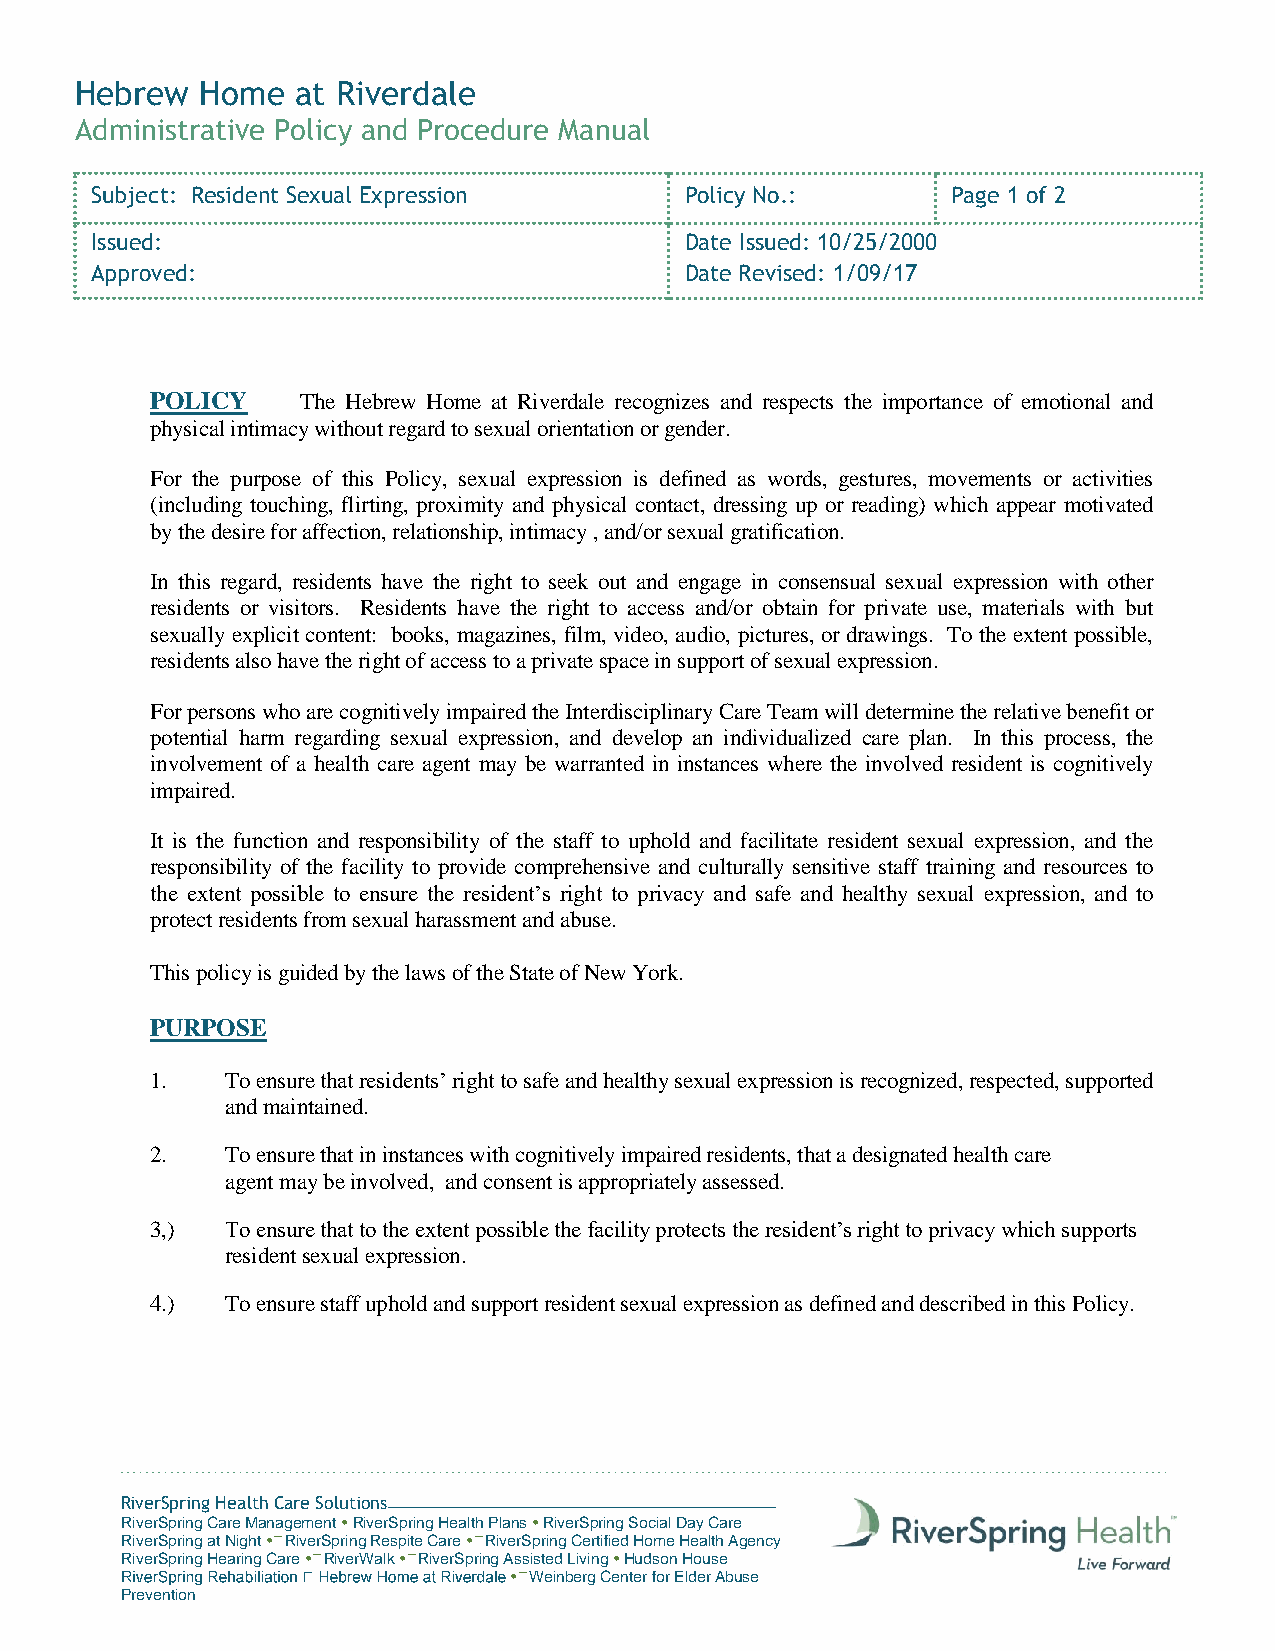
Hebrew  Home   at Riverdale
 Administrative Policy and Procedure Manual
 Subject: Resident Sexual Expression    Policy No.:       Page 1 of 2
 Issued:                                Date Issued: 10/25/2000
 Approved:                              Date Revised: 1/09/17
 POLICY    The Hebrew Home at Riverdale recognizes and respects the importance of emotional and
 physical intimacy without regard to sexual orientation or gender.
 For the purpose of this Policy, sexual expression is defined as words, gestures, movements or activities
 (including touching, flirting, proximity and physical contact, dressing up or reading) which appear motivated
 by the desire for affection, relationship, intimacy , and/or sexual gratification.
 In this regard, residents have the right to seek out and engage in consensual sexual expression with other
 residents or visitors. Residents have the right to access and/or obtain for private use, materials with but
 sexually explicit content: books, magazines, film, video, audio, pictures, or drawings. To the extent possible,
 residents also have the right of access to a private space in support of sexual expression.
 For persons who are cognitively impaired the Interdisciplinary Care Team will determine the relative benefit or
 potential harm regarding sexual expression, and develop an individualized care plan. In this process, the
 involvement of a health care agent may be warranted in instances where the involved resident is cognitively
 impaired.
 It is the function and responsibility of the staff to uphold and facilitate resident sexual expression, and the
 responsibility of the facility to provide comprehensive and culturally sensitive staff training and resources to
 the extent possible to ensure the resident’s right to privacy and safe and healthy sexual expression, and to
 protect residents from sexual harassment and abuse.
 This policy is guided by the laws of the State of New York.
 PURPOSE
 1.   To ensure that residents’ right to safe and healthy sexual expression is recognized, respected, supported
 and maintained.
 2.   To ensure that in instances with cognitively impaired residents, that a designated health care
 agent may be involved, and consent is appropriately assessed.
 3,)  To ensure that to the extent possible the facility protects the resident’s right to privacy which supports
 resident sexual expression.
 4.)  To ensure staff uphold and support resident sexual expression as defined and described in this Policy.
 RiverSpring Health Care Solutions
 RiverSpring Care Management  RiverSpring Health Plans  RiverSpring Social Day Care
 RiverSpring at Night  RiverSpring Respite Care  RiverSpring Certified Home Health Agency
 RiverSpring Hearing Care  RiverWalk  RiverSpring Assisted Living  Hudson House
  Weinberg Center for Elder Abuse
 Prevention